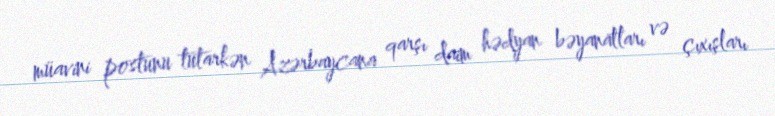
müavini postunu tutarkən Azərbaycana qarşı daim hədyan bəyanatları və çıxışları